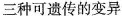
三种可遗传的变异